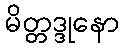
မိတ္တဒ္ဒုနော